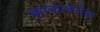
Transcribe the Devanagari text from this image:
काकाबरोबर